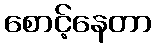
စောင့်နေတာ